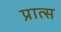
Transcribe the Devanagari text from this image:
प्रात्स